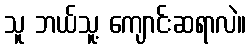
သူ ဘယ်သူ့ ကျောင်းဆရာလဲ။